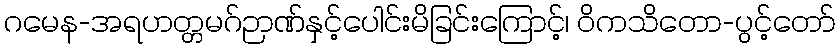
ဂမေန-အရဟတ္တမဂ်ဉာဏ်နှင့်ပေါင်းမိခြင်းကြောင့်၊ ဝိကသိတော-ပွင့်တော်